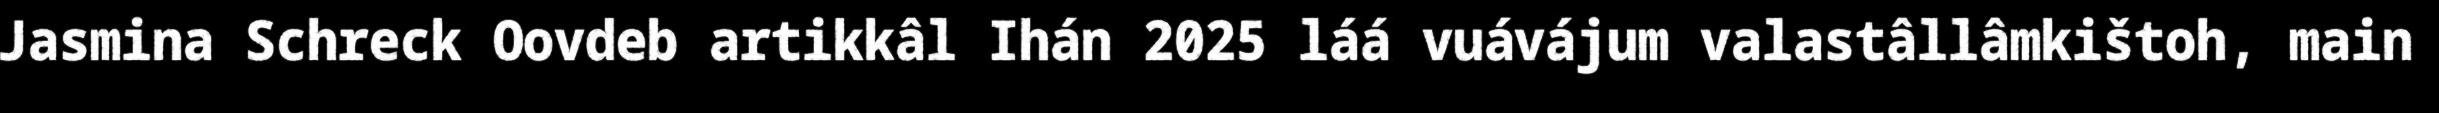
Jasmina Schreck Oovdeb artikkâl Ihán 2025 láá vuávájum valastâllâmkištoh, main